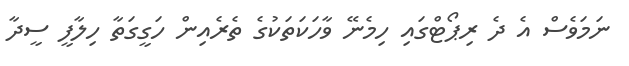
ނަމަވެސް އެ ދެ ރިޕޯޓްގައި ހިމެނޭ ވާހަކަތަކުގެ ތެރެއިން ހަގީގަތާ ހިލާފީ ސީދާ